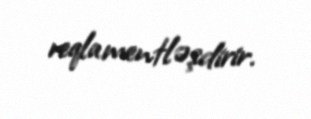
reqlamentləşdirir.